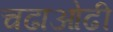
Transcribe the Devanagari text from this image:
चढाओढी